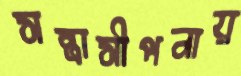
সন্ত্রাসীপনায়